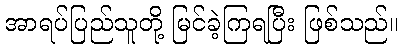
အာရပ်ပြည်သူတို့ မြင်ခဲ့ကြရပြီး ဖြစ်သည်။